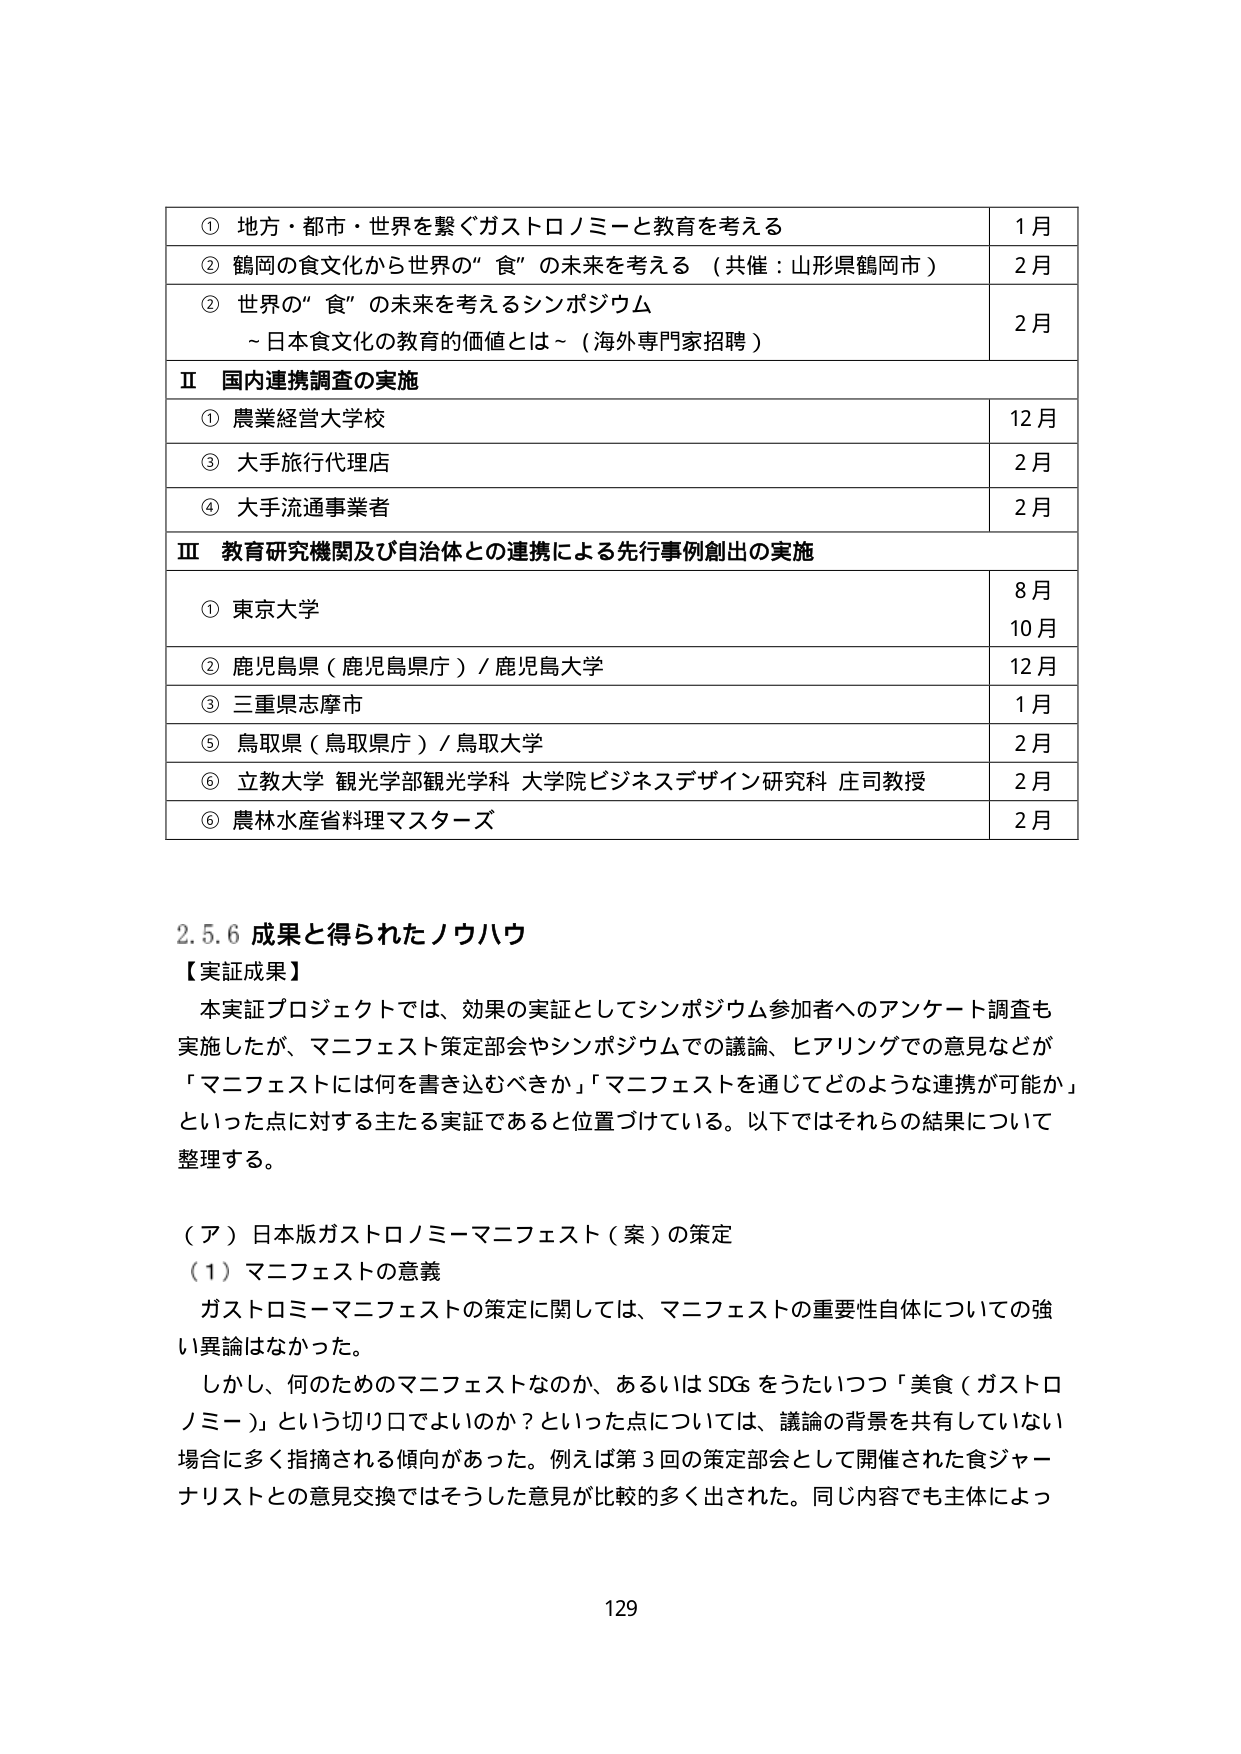
① 地方・都市・世界を繋ぐガストロノミーと教育を考える 1月
② 鶴岡の食文化から世界の“食”の未来を考える（共催：山形県鶴岡市） 2月
② 世界の“食”の未来を考えるシンポジウム
～日本食文化の教育的価値とは～（海外専門家招聘） 2月
Ⅱ 国内連携調査の実施
① 農業経営大学校 12月
③ 大手旅行代理店 2月
④ 大手流通事業者 2月
Ⅲ 教育研究機関及び自治体との連携による先行事例創出の実施
① 東京大学 8月
10月
② 鹿児島県（鹿児島県庁）／鹿児島大学 12月
③ 三重県志摩市 1月
⑤ 鳥取県（鳥取県庁）／鳥取大学 2月
⑥ 立教大学 観光学部観光学科 大学院ビジネスデザイン研究科 庄司教授 2月
⑥ 農林水産省料理マスターズ 2月

2.5.6 成果と得られたノウハウ
【実証成果】
本実証プロジェクトでは、効果の実証としてシンポジウム参加者へのアンケート調査も実施したが、マニフェスト策定部会やシンポジウムでの議論、ヒアリングでの意見などが「マニフェストには何を書き込むべきか」「マニフェストを通じてどのような連携が可能か」といった点に対する主たる実証であると位置づけている。以下ではそれらの結果について整理する。

（ア）日本版ガストロノミーマニフェスト（案）の策定
（1）マニフェストの意義
ガストロノミーマニフェストの策定に関しては、マニフェストの重要性自体についての強い異論はなかった。
しかし、何のためのマニフェストなのか、あるいはSDGsをうたいつつ「美食（ガストロノミー）」という切り口でよいのか？といった点については、議論の背景を共有していない場合に多く指摘される傾向があった。例えば第3回の策定部会として開催された食ジャーナリストとの意見交換ではそうした意見が比較的多く出された。同じ内容でも主体によっ

129